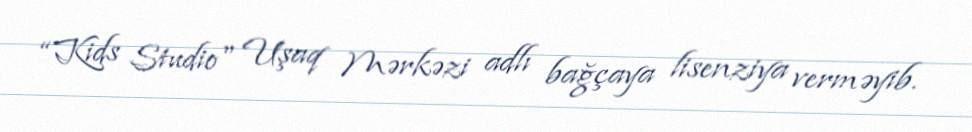
“Kids Studio" Uşaq Mərkəzi adlı bağçaya lisenziya verməyib.